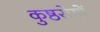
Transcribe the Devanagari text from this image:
कुष्ठरोगों